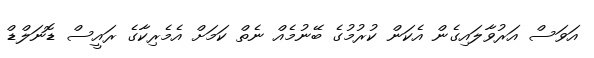
އަވަސް އަރުވާލައިގެން އެކަން ކުރުމުގެ ބޭނުމެއް ނެތް ކަމަށް އެމެރިކާގެ ރައީސް ޑޮނަލްޑް